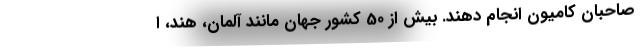
صاحبان کامیون انجام دهند. بیش از 50 کشور جهان مانند آلمان، هند، ا